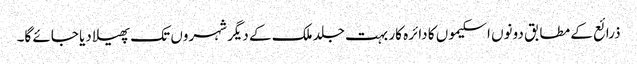
ذرائع کے مطابق دونوں اسکیموں کا دائرہ کار بہت جلد ملک کے دیگر شہروں تک پھیلا دیا جائے گا۔